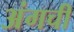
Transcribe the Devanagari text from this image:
अंगची